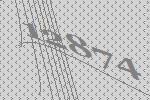
12874